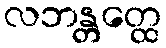
လဘန္တတ္ထေ